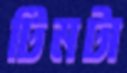
টিমটা